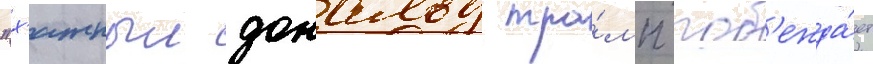
"х'итрыи дональд тра́мп поб'ежда́ет